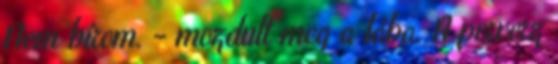
Nem bírom. - mozdult meg a lába. A perverz